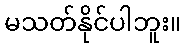
မသတ်နိုင်ပါဘူး။